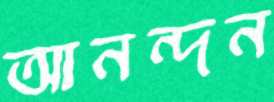
আনন্দন